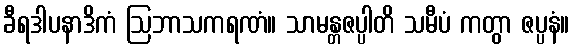
ခီရဒါပနာဒိကံ ဩဘာသကရဏံ။ သာမန္တဇပ္ပါတိ သမီပံ ကတွာ ဇပ္ပနံ။